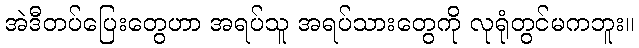
အဲဒီတပ်ပြေးတွေဟာ အရပ်သူ အရပ်သားတွေကို လုရုံတွင်မကဘူး။